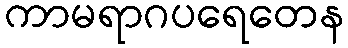
ကာမရာဂပရေတေန